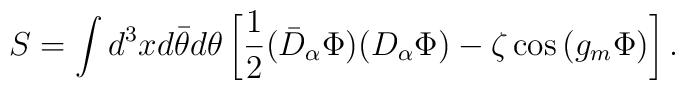
S=\int d^3xd\bar\theta d\theta\left[\frac12(\bar D_\alpha\Phi)(D_\alpha\Phi)-\zeta\cos\left(g_m\Phi\right)\right].